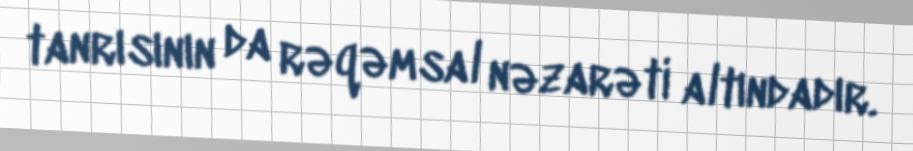
tanrısının da rəqəmsal nəzarəti altındadır.